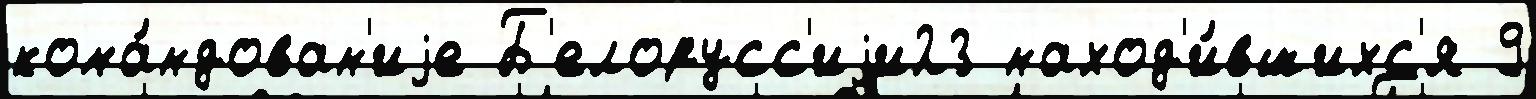
кома́ндован'иjе Б'елорусс'иjи23 наход'и́вшихс'я 9